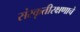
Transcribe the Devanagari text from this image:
संस्कृतीरक्षणाचे